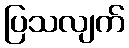
ပြသလျက်